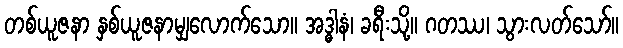
တစ်ယူဇနာ နှစ်ယူဇနာမျှလောက်သော။ အဒ္ဓါနံ၊ ခရီးသို့။ ဂတဿ၊ သွားလတ်သော်။